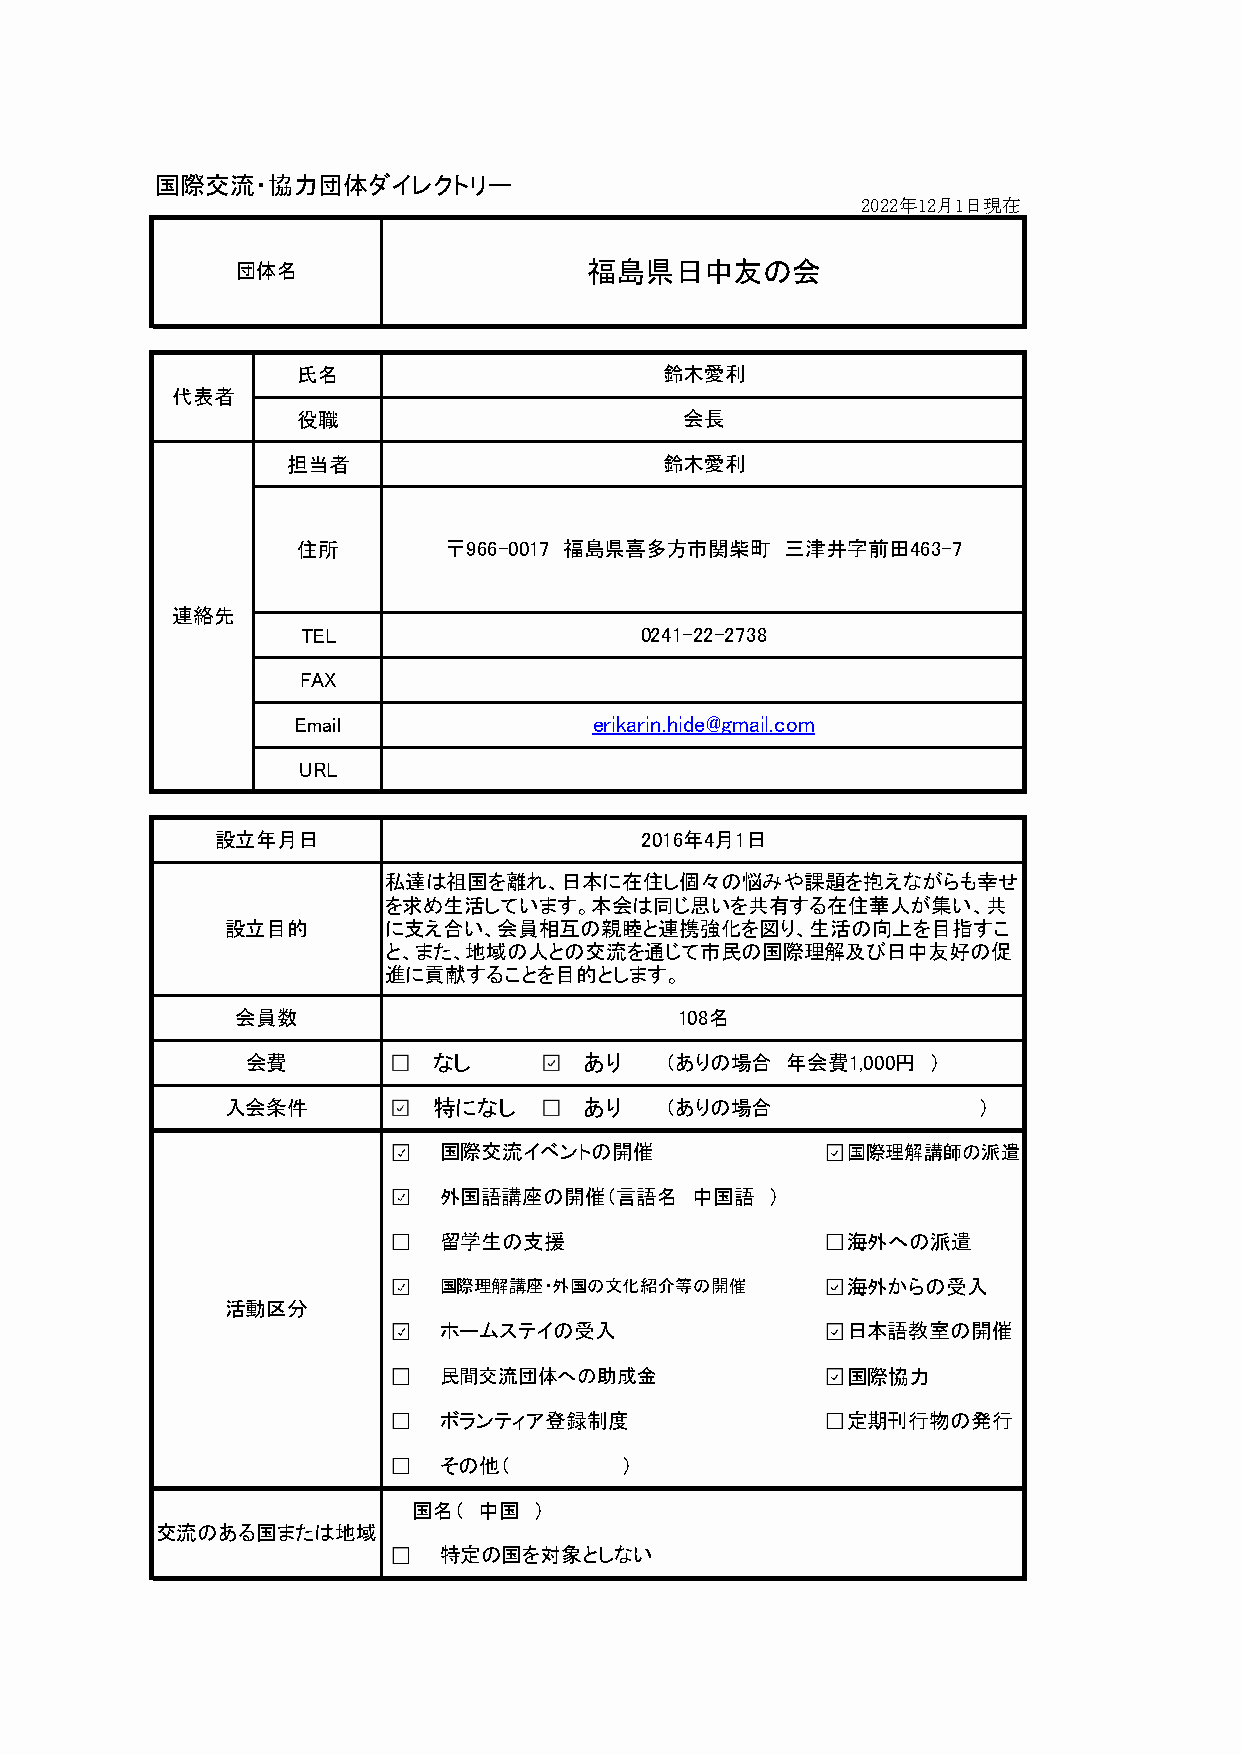
国際交流・協力団体ダイレクトリー
 2022年12月1日現在
 団体名                    福島県日中友の会
 氏名                      鈴木愛利
 代表者
 役職                       会長
 担当者                      鈴木愛利
 住所       〒966-0017 福島県喜多方市関柴町   三津井字前田463-7
 連絡先
 TEL                   0241-22-2738
 FAX
 Email              erikarin.hide@gmail.com
 URL
 設立年月日                       2016年4月1日
 私達は祖国を離れ、日本に在住し個々の悩みや課題を抱えながらも幸せ
 を求め生活しています。本会は同じ思いを共有する在住華人が集い、共
 設立目的      に支え合い、会員相互の親睦と連携強化を図り、生活の向上を目指すこ
 と、また、地域の人との交流を通じて市民の国際理解及び日中友好の促
 進に貢献することを目的とします。
 会員数                          108名
 会費           なし        あり   （ありの場合  年会費1,000円 ）
 入会条件          特になし      あり   （ありの場合               ）
 国際交流イベントの開催                国際理解講師の派遣
 外国語講座の開催（言語名     中国語  ）
 留学生の支援                     海外への派遣
 国際理解講座・外国の文化紹介等の開催         海外からの受入
 活動区分
 ホームステイの受入                  日本語教室の開催
 民間交流団体への助成金                国際協力
 ボランティア登録制度                 定期刊行物の発行
 その他（        ）
 国名（  中国 ）
 交流のある国または地域
 特定の国を対象としない